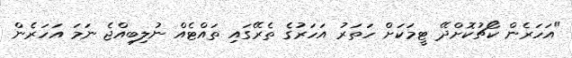
"އަހަރެން ކޯޗުކޮށްދޭ ޓީމަކަށް ހަތަރު އަހަރުގެ ތެރޭގައި ތައްޓެއް ނުލިބިއްޖެ ނަމަ އަހަރެން